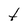
Character: t